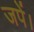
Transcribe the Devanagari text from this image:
जपें।